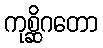
ကုစ္ဆိဂတော